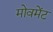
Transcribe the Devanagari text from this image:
मोवमेंट